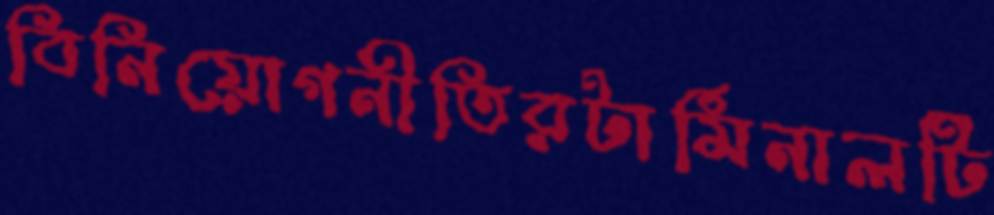
বিনিয়োগনীতিরটার্মিনালটি